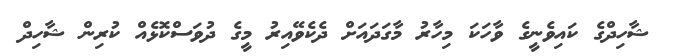
ޝާހިދްގެ ކައިވެނީގެ ވާހަކަ މިހާރު މާގަދައަށް ދެކެވޭއިރު މީގެ ދުވަސްކޮޅެއް ކުރިން ޝާހިދް